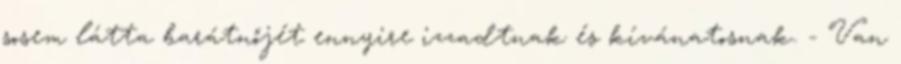
sosem látta barátnőjét ennyire izzadtnak és kívánatosnak. - Van